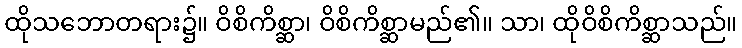
ထိုသဘောတရား၌။ ဝိစိကိစ္ဆာ၊ ဝိစိကိစ္ဆာမည်၏။ သာ၊ ထိုဝိစိကိစ္ဆာသည်။